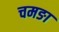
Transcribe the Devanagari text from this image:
चमङा